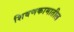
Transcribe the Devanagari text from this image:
शिवणकामातील